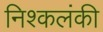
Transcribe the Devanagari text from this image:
निश्कलंकी